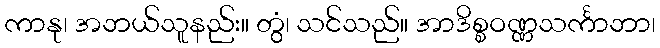
ကာနု၊ အဘယ်သူနည်း။ တွံ၊ သင်သည်။ အာဒိစ္စဝဏ္ဏသင်္ကာဘာ၊